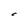
Character: C